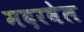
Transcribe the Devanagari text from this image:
मदरवेल